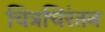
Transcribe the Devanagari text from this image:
चित्रचिरंतन